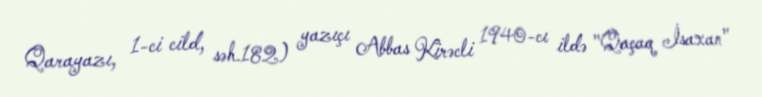
Qarayazı, 1-ci cild, səh.182) yazıçı Abbas Kirəcli 1940-cı ildə "Qaçaq İsaxan"